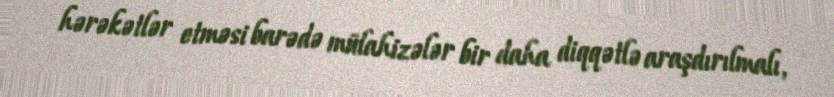
hərəkətlər etməsi barədə mülahizələr bir daha diqqətlə araşdırılmalı,